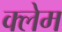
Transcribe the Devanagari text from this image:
क्‍लेम